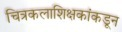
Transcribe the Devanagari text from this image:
चित्रकलाशिक्षकांकडून